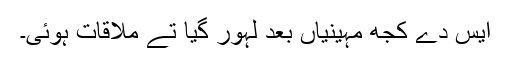
ایس دے کجھ مہینیاں بعد لہور گیا تے ملاقات ہوئی۔